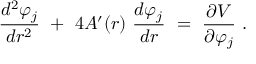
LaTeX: { \frac { d ^ { 2 } \varphi _ { j } } { d r ^ { 2 } } } ~ + ~ 4 A ^ { \prime } ( r ) ~ { \frac { d \varphi _ { j } } { d r } } ~ = ~ { \frac { \partial V } { \partial \varphi _ { j } } } \ .